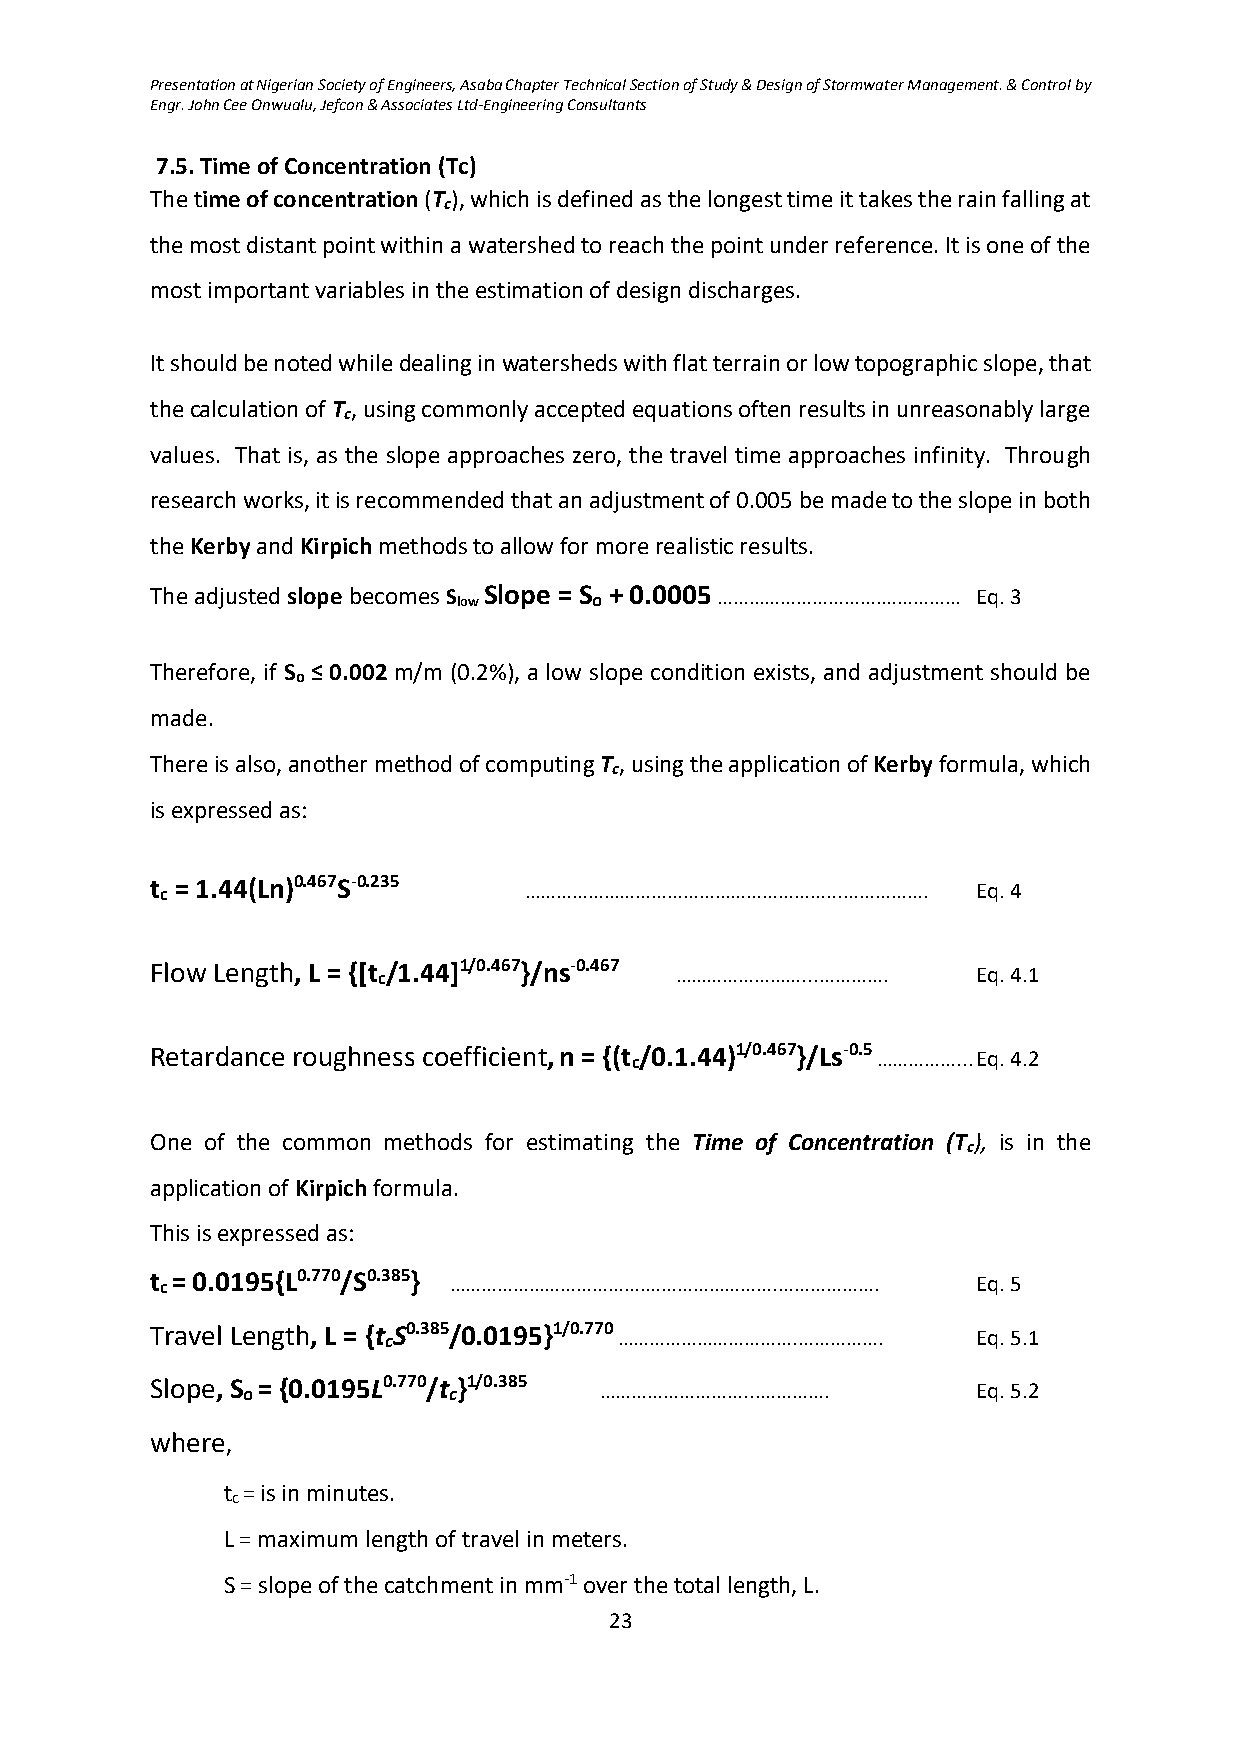
Presentation at Nigerian Society of Engineers, Asaba Chapter Technical Section of Study & Design of Stormwater Management. & Control by
 Engr. John Cee Onwualu, Jefcon & Associates Ltd-Engineering Consultants
 7.5. Time of Concentration (Tc)
 The time of concentration (T ), which is defined as the longest time it takes the rain falling at
 c
 the most distant point within a watershed to reach the point under reference. It is one of the
 most important variables in the estimation of design discharges.
 It should be noted while dealing in watersheds with flat terrain or low topographic slope, that
 the calculation of T , using commonly accepted equations often results in unreasonably large
 c
 values. That is, as the slope approaches zero, the travel time approaches infinity. Through
 research works, it is recommended that an adjustment of 0.005 be made to the slope in both
 the Kerby and Kirpich methods to allow for more realistic results.
 The adjusted slope becomes S low Slope = S o + 0.0005 ………………………….…………… Eq. 3
 Therefore, if S ≤ 0.002 m/m (0.2%), a low slope condition exists, and adjustment should be
 o
 made.
 There is also, another method of computing T , using the application of Kerby formula, which
 c
 is expressed as:
 t c = 1.44(Ln)0.467S-0.235 …………………………………………………...……………. Eq. 4
 Flow Length, L = {[t c/1.44]1/0.467}/ns-0.467 ……………………...…………. Eq. 4.1
 Retardance roughness coefficient, n = {(t c/0.1.44)1/0.467}/Ls-0.5 ……………... Eq. 4.2
 One of the common methods for estimating the Time of Concentration (T ), is in the
 c
 application of Kirpich formula.
 This is expressed as:
 t c = 0.0195{L0.770/S0.385} ……………………………….…………………….………………. Eq. 5
 Travel Length, L = {t cS0.385/0.0195}1/0.770 …………………………….……………. Eq. 5.1
 Slope, S o = {0.0195L0.770/t c}1/0.385 ………………………...…………. Eq. 5.2
 where,
 t = is in minutes.
 c
 L = maximum length of travel in meters.
 S = slope of the catchment in mm-1 over the total length, L.
 23